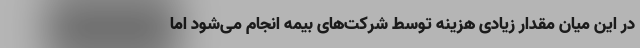
در این میان مقدار زیادی هزینه توسط شرکت‌های بیمه انجام می‌شود اما